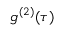
g ^ { ( 2 ) } ( \tau )